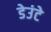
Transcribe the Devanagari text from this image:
डेउंटे